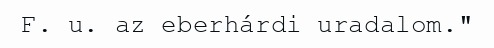
F. u. az eberhárdi uradalom."